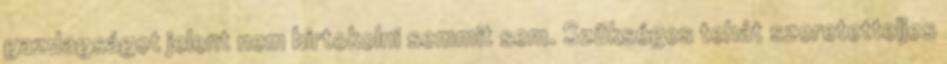
gazdagságot jelent nem birtokolni semmit sem. Szükséges tehát szeretetteljes